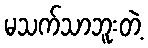
မသက်သာဘူးတဲ့